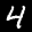
Label: 4